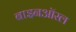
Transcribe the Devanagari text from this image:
बाइनऑरल